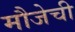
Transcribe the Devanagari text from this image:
मौजेची